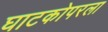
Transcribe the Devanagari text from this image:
घाटकोपरला